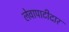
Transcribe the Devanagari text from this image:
लेवापाटीदार